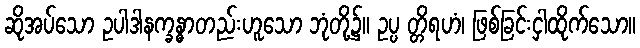
ဆိုအပ်သော ဥပါဒါနက္ခန္ဓာတည်းဟူသော ဘုံတို့၌။ ဥပ္ပ တ္တိရဟံ၊ ဖြစ်ခြင်းငှါထိုက်သော။